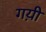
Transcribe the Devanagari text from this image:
गय़ी